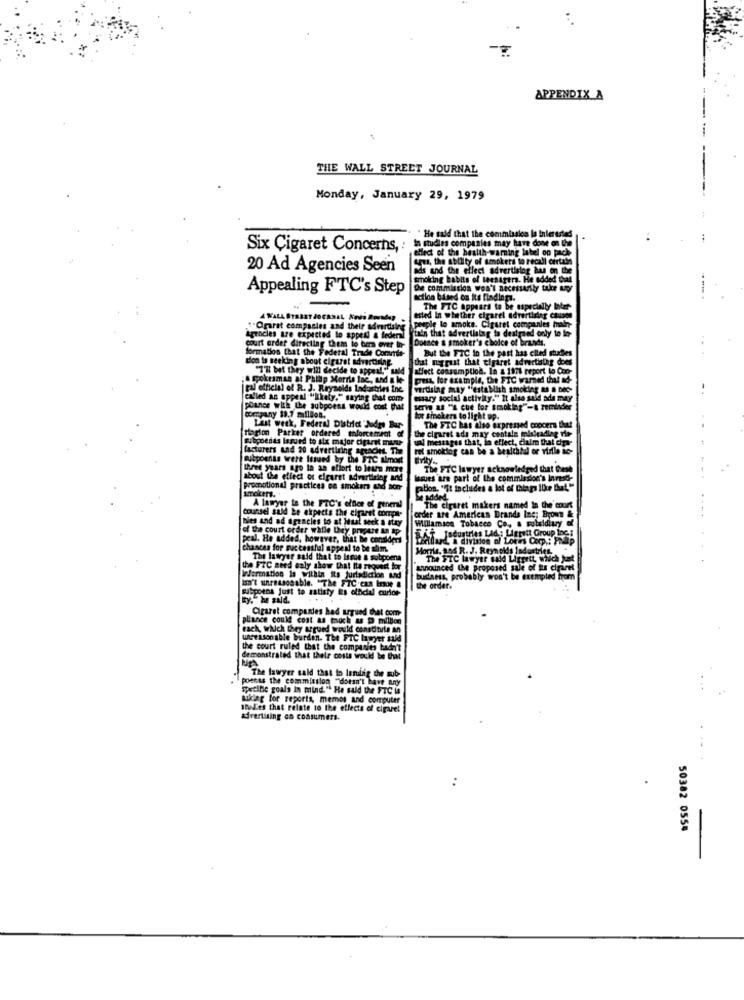
APPENDIX A
THE WALL STREET JOURNAL
Monday, January 29, 1979
He said that the comml
lasion la Interested
In studies companies may have done on the
have done on the
Six Cigaret Concerns,
Hlect of the health-warn
label on pach
Arus, the ability of smokets to recall certala
20 Ad Agencies Seen
ads and the effect advertising has on the
smoking habits of teenagers. He added that
Appealing FTC's Step
De commission won't necessarily take wor
action based on its findings.
The FTC appears to be especially baller-
peuple lo amoks. Cigaret
advert
""Crarat companies and their advertising
tain that advertising is designed only to lo-
Agencies are expected to appeal & federal
Dotace & smoker's choice of brands.
formation that the Federal Trade Comnde-
court order directing them lo ber ever in-
But the FIC In the past has ciled churches
dion is seeking about cigaret advertising.
that myrust that cigaret advertising does
"7" but they will decide to appeal," said
affect consumption. In a 1971 report to Con-
a grokesman at Philip Morris Inc ., and a le-
press, for example, the FTC warned that ad-
pal official of R. J. Reynolds Industries Inc.
wirtising may "establish smoking & a bec-
called an appeal "likely." saying that com
estary social activity." It also said ada may
püance with the subpoena would cost that
se as "% che for smoking"-a reminder
company 33.7 million.
for sinokers to light up.
Last week, Federal District "Mdgs Bur-
the cigaret ads may contale misleadlag ho-
The FTC has also expressed copcera that
[ragion Parker ordered enforcement of
Futpoenids lasund to six major cigaret mur
ual messages that, in effect, claim that dra-
facturers und 20 advertising agencies, The
ret smoktog can be a healthld or virile ic-
subpoenas were Issued by the FTC almost
three years ago la an effort to learn more
The FTC lawyer acknowledged that Cest
about the effect of cigaret advertising and
issues are part of the commission's Inrest-
promotional practices en smokers and non-
rablon. "It includes a lot of things live Chat. "
added
counsel suld be expects the cigaret compa-
A lawyer te the FTC's office of general
The cigaret makers named In the court
nies and ad agencies to at Haal seek a stay
order are American Brands Inc; Byom &
Willamsos Tobacco Co, a subsidiary of
of the court order walle Ley prepare un tp-
peal. He added, however, that be considers
Litilard, a division of Lores Coop .: Pap
BAT. Industries Lad : Ligritt Group In
chances for successful appeal to be alim.
Morris, and R. J. Reynolds Industries."
The lawyer said that to Issue & subpoena
The FTC lawyer sald Ligrett, which jut
the FTC need caly show that Ita request for
announced the proposed sale of tis cigaret
Wformation la within its jurisdiction and
budaes, probably won't be exempled from
Isn't unreasonable. "The FTC Can Iroe a
subpoena Just to satisty its official curios
the order.
ty."he suld.
Cigaret companies had argued that com
plance could cost as much & p million
each, which they argued would constitule an
unreasonable burden. The FTC lawyer said
the court ruled that the companies hadn't
hadn't
demonstrated that their costs would be that
poscas the commission "doesn't have any
The lawyer sald that io lening the sub
specibe goals In mind." He said the FTC is
aiklag for reports, memos and computer
stuLes that relate to the effects of cigaret
advertising on consumers.
50382 0554